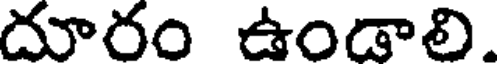
దూరం ఉండాలి.